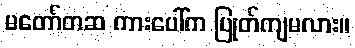
မတော်တဆ ကားပေါ်က ပြုတ်ကျမလား။